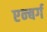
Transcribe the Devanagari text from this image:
एन्बर्ग